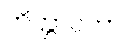
ကိတ္တာဝတာ